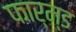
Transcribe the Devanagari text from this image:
फार्म्ड